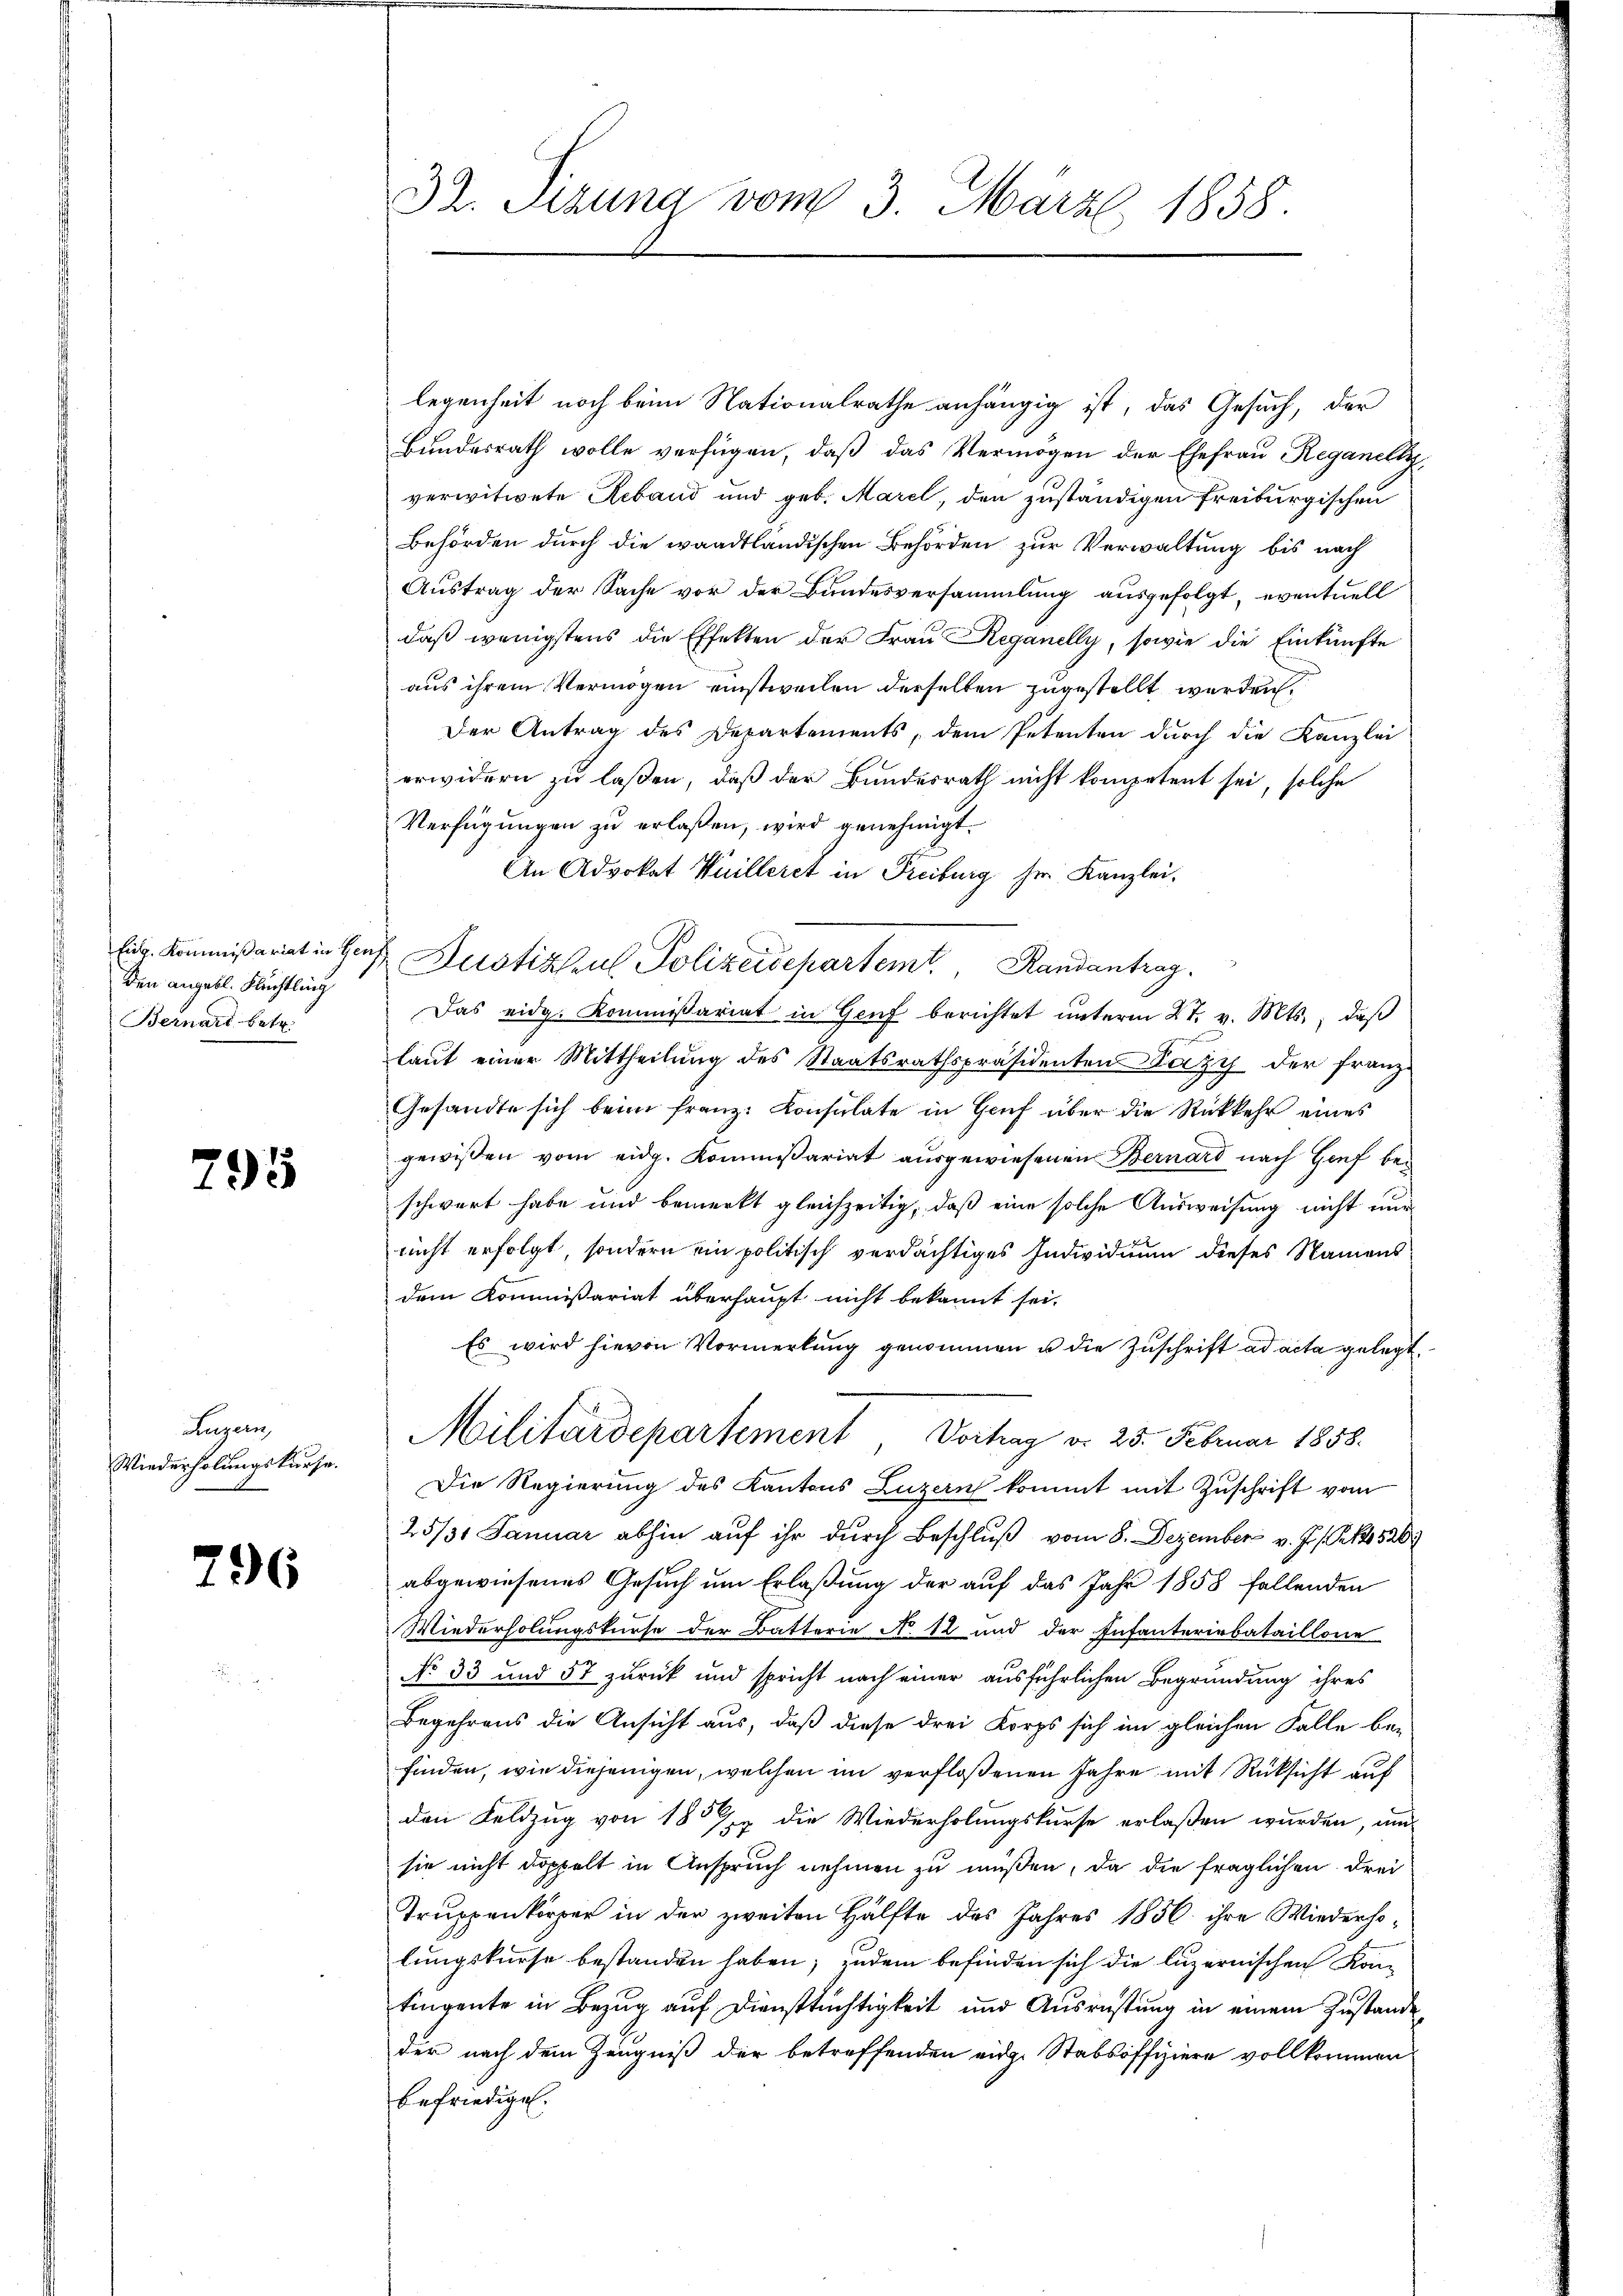
den angebl. Flüchtling
Bernard betr.

795

Luzern,
Wiederholungskurse.

796

32. Sizung vom 3. März 1858.

legenheit noch beim Nationalrathe anhängig ist, das Gesuch, der
Bundesrath wolle verfügen, daß das Vermögen der Ehefrau Reganell,
verwitwete Reband und geb. Marel, den zuständigen Freiburgischen
Behörden durch die waadtländischen Behörden zur Verwaltung bis nach
Austrag der Sache vor der Bundesversammlung ausgefolgt, eventuell
daß wenigstens die Effekten der Frau Reganelly, sowie die Einkünfte
aus ihrem Vermögen einstweilen derselben zugestellt werden,
Der Antrag des Departements, dem Petenten durch die Kanzlei
erwidern zu laßen, daß der Bundesrath nicht kompetent sei, solche
Verfügungen zu erlaßen, wird genehmigt.
An Advokat Wuilleret in Freiburg her Kanzlei-
Das eidg. Kommissariat in Genf berichtet unterm 27. v. Mts., daß
laut einer Mittheilung des Staatsrathspräsidenten Deczy der Franz-
Gesandte sich beim franz. Konsulate in Genf über die Rückkehr eines
gewissen vom eidg. Kommissariat ausgewiesenen Bernard nach Hief beschwert habe und bemerkt gleichzeitig, daß eine solche Ausweisung nicht nur
nicht erfolgt, sondern ein politisch verdächtiges Individuum dieses Namens
dem Kommißariat überhaupt nicht bekannt sei.
Es wird hievon Vormerkŭng genommen u die Zuschrift ad acta gelegt
Militärdepartement Vortrag d. 25. Februar 1858.
Die Regierung des Kantons Luzern kommt mit Zuschrift vom
25/31 Januar abhin auf ihr durch Beschluß vom 8. Dezember v. J. s. S. 520
abgewiesenes Gesuch um Erlaßung der auf das Jahr 1858 fallenden
Wiederholungskurse der Batterie N. 12 und der Infanteriebataillone
No 33 und 57 zurück und spricht nach einer ausführlichen Begründung ihres
Begehrens die Ansicht aus, daß diese drei Korps sich im gleichen Falle befinden, wie diejenigen, welchen im verfloßenen Jahre mit Rücksicht auf
den Feldzug von 185
 die Wiederholungskurse erlaßen wurden, um
sie nicht doppelt in Anspruch nehmen zu müßen, da die fraglichen drei
Truppenkörper in der zweiten Hälfte des Jahres 1856 ihre Wiederholungskurse bestanden haben; zudem befinden sich die luzernischen Kontingente in Bezug auf Diensttüchtigkeit und Ausrüstung in einem Zustande
der nach dem Zeugniß der betreffenden eidge Stabsoffiziere vollkommen
befriedigen.

Eidg. Kommißariat in Herr Justizseul Polizeidepartem Randantrag